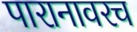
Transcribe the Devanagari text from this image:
पारानावरच